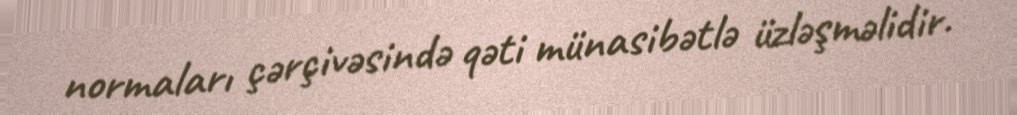
normaları çərçivəsində qəti münasibətlə üzləşməlidir.